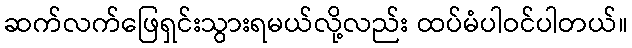
ဆက်လက်ဖြေရှင်းသွားရမယ်လို့လည်း ထပ်မံပါဝင်ပါတယ်။